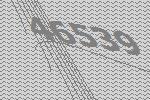
46539